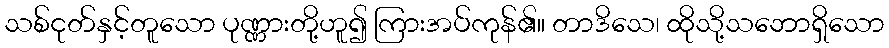
သစ်ငုတ်နှင့်တူသော ပုဏ္ဏားတို့ဟူ၍ ကြားအပ်ကုန်၏။ တာဒိသေ၊ ထိုသို့သဘောရှိသော